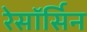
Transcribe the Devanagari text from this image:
रेसॉर्सिन